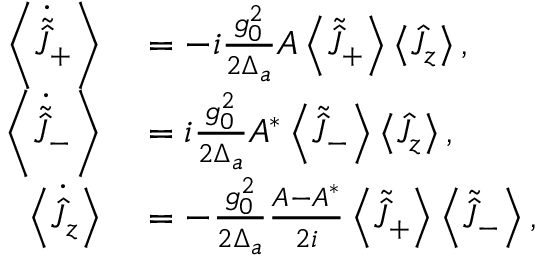
\begin{array} { r l } { \left\langle \dot { \tilde { \hat { J } } } _ { + } \right\rangle } & { { } = - i \frac { g _ { 0 } ^ { 2 } } { 2 \Delta _ { a } } A \left\langle \tilde { \hat { J } } _ { + } \right\rangle \left\langle \hat { J } _ { z } \right\rangle , } \\ { \left\langle \dot { \tilde { \hat { J } } } _ { - } \right\rangle } & { { } = i \frac { g _ { 0 } ^ { 2 } } { 2 \Delta _ { a } } A ^ { * } \left\langle \tilde { \hat { J } } _ { - } \right\rangle \left\langle \hat { J } _ { z } \right\rangle , } \\ { \left\langle \dot { \hat { J } } _ { z } \right\rangle } & { { } = - \frac { g _ { 0 } ^ { 2 } } { 2 \Delta _ { a } } \frac { A - A ^ { * } } { 2 i } \left\langle \tilde { \hat { J } } _ { + } \right\rangle \left\langle \tilde { \hat { J } } _ { - } \right\rangle , } \end{array}